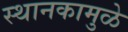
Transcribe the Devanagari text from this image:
स्थानकामुळे